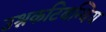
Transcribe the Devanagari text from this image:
उश्नकटिबन्धिय